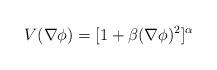
LaTeX: \begin{align*}V(\nabla\phi) = [1+\beta(\nabla\phi)^2]^\alpha\end{align*}